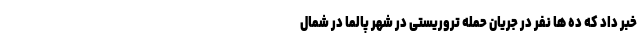
خبر داد که ده ها نفر در جریان حمله تروریستی در شهر پالما در شمال